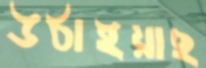
উঠাইয়াছ